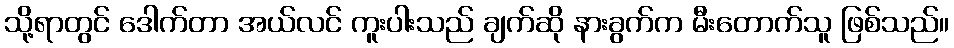
သို့ရာတွင် ဒေါက်တာ အယ်လင် ကူးပါးသည် ချက်ဆို နားခွက်က မီးတောက်သူ ဖြစ်သည်။